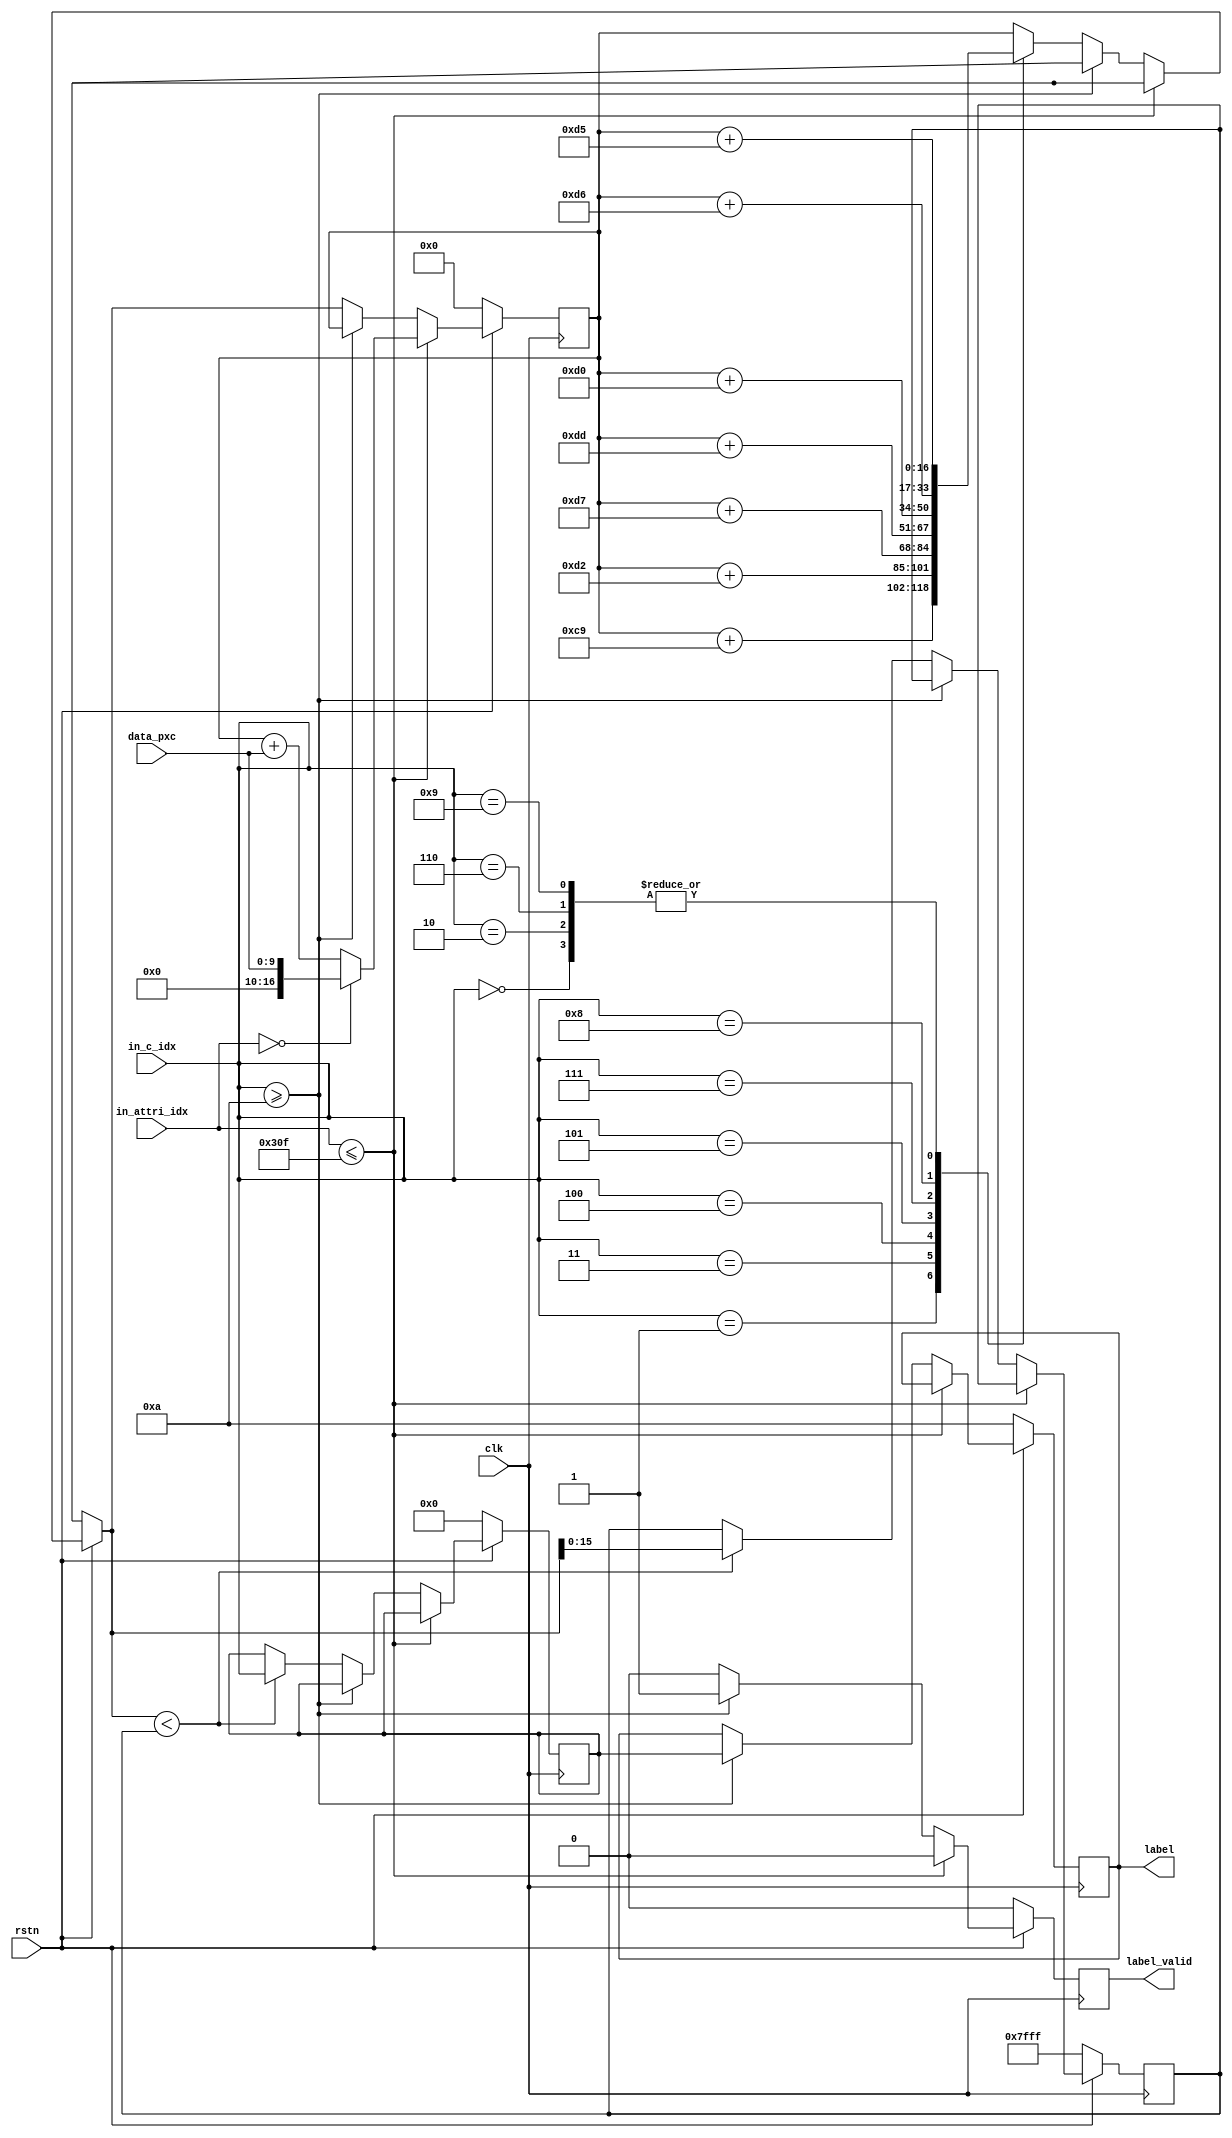
//////////////////////////////////////////////////////////////////////////////////
// Company: 
// Engineer: 
// 
// Design Name: 
// Module Name: cmpt_pro
// Project Name: 
// Target Devices: 
// Tool Versions: 
// Description: 
// 
// Dependencies: 
// 
// Revision:
// Revision 0.01 - File Created
// Additional Comments:
// 
//////////////////////////////////////////////////////////////////////////////////


module cmpt_pro(
   input clk,
   input rstn,
   input [9 : 0]data_pxc,
   input [3 : 0]in_c_idx,
   input [9 : 0]in_attri_idx,
   
   output reg label_valid,
   output reg [3 : 0] label
    );
    
    reg [3 : 0] min_label = 0;
    reg [15 : 0] min_pro = 16'b1111_1111_1111_1111;
    reg [16 : 0] tmp_pro = 0;
    
    always@( posedge clk )
    begin
       if ( rstn == 0 )
       begin 
          
          label_valid = 0;
          label = 10;
          
          min_label = 0;
          min_pro = 15'b11111_11111_11111;
          tmp_pro = 0;
       end
       
       else
       begin
	   
          if (in_attri_idx <= 783)
          begin
             tmp_pro = (in_attri_idx == 0) ? { 7'b000000, data_pxc} : tmp_pro + { 7'b000000, data_pxc};
             
             label_valid = 0;
             label = label;
          end
       
          else
          begin
             if (in_c_idx >= 10 )
             begin 
                label_valid = 1;
                label = min_label;
             end
             else
             begin
                label_valid = 0;
                label = label;

                case(in_c_idx)
                    0: tmp_pro = tmp_pro + 17'b0000000_0011010101; 
                    1: tmp_pro = tmp_pro + 17'b0000000_0011001001;   
                    2: tmp_pro = tmp_pro + 17'b0000000_0011010101;
                    3: tmp_pro = tmp_pro + 17'b0000000_0011010010;
                    4: tmp_pro = tmp_pro + 17'b0000000_0011010111;
                    5: tmp_pro = tmp_pro + 17'b0000000_0011011101;
                    6: tmp_pro = tmp_pro + 17'b0000000_0011010101;
                    7: tmp_pro = tmp_pro + 17'b0000000_0011010000;
                    8: tmp_pro = tmp_pro + 17'b0000000_0011010110;
                    9: tmp_pro = tmp_pro + 17'b0000000_0011010101;
                    default: tmp_pro = tmp_pro;
                endcase
                if (tmp_pro < min_pro)
                begin
                   min_pro = tmp_pro;
                   min_label = in_c_idx;
                end
             
             end
          end
       end   
    end
    
endmodule